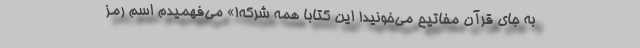
به جای قرآن مفاتیح می‌خونید! این کتابا همه شرکه!» می‌فهمیدم اسم رمز